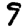
Digit: 9